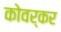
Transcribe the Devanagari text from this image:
कोवर्कर